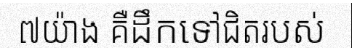
៧យ៉ាង គឺដឹកទៅជិតរបស់